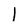
Character: l